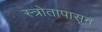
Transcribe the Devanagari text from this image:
स्त्रोतापासून